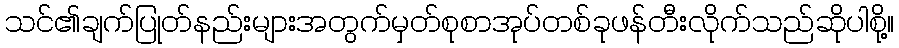
သင်၏ချက်ပြုတ်နည်းများအတွက်မှတ်စုစာအုပ်တစ်ခုဖန်တီးလိုက်သည်ဆိုပါစို့။